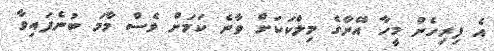
އެ ފިރިހެން މީހާ އޭނާގެ މިލްކަކަށް ވާނެ ކަމަށް ވެސް މާމަ ބުނެފައިވާ